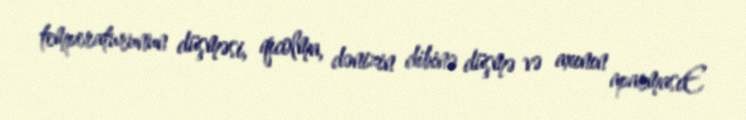
temperaturunun düşməsi, qıcolma, dənizin dibinə düşmə və axının aparmasıE